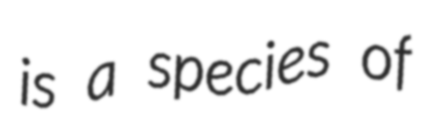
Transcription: is a species of